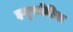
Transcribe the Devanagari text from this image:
इयूफोरिक